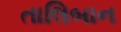
તાલિબાન